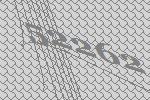
52262